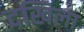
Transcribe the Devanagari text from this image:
दखिला